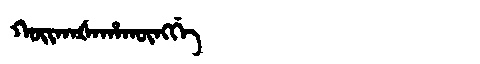
Manchu: ᡴᠣᡳᡴᠠᡧᠠᡥᠠᡴᡡᠩᡤᡝ
Romanization: KOIKAŠAHAKŪNGGE